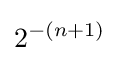
2^{-(n+1)}